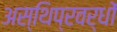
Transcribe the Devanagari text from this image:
अस्थिप्रवर्धों